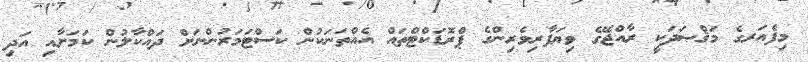
މިފެއަރގެ މަޤްޞަދަކީ ރާއްޖޭގެ ވިޔަފާރިވެރިންގެ ޕްރޮޑަކްޓްތައް އެއްތަނަކުން ކަސްޓަމަރުންނަށް ދައްކާލުން ކަމަށާއި އަދި